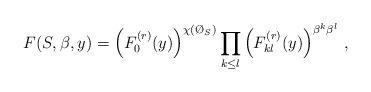
LaTeX: \begin{align*}F(S,\beta,y)=\left(F^{(r)}_0(y)\right)^{\chi(\O_S)}\prod_{k\leq l} \left(F^{(r)}_{kl}(y)\right)^{\beta^k\beta^l}\,,\end{align*}